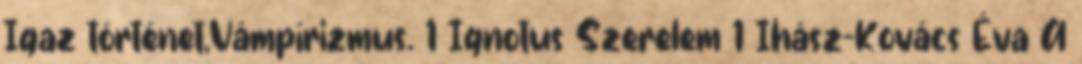
Igaz történet,Vámpírizmus. 1 Ignotus Szerelem 1 Ihász-Kovács Éva A